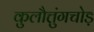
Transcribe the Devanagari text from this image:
कुलौत्तुंगचोड़